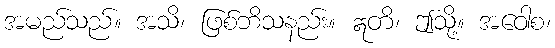
အမည်သည်။ အသိ၊ ဖြစ်ဘိသနည်း။ ဣတိ၊ ဤသို့။ အဝေါစ၊